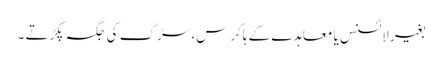
بغیر لائسنس یا معاہدے کے ہاکرس، سڑک کی جگہ پکڑتے ۔